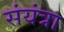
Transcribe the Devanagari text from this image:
संयंत्रा